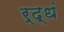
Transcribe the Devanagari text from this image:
र्द्धं